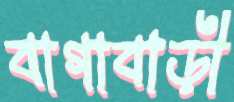
বাগাবাড়ী